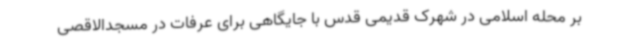
بر محله اسلامی در شهرک قدیمی قدس با جایگاهی برای عرفات در مسجدالاقصی